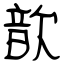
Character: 歆